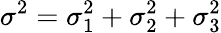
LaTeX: \sigma^{2}=\sigma_{1}^{2}+\sigma_{2}^{2}+\sigma_{3}^{2}